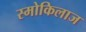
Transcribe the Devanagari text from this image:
स्मोकिलाज